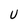
Character: U